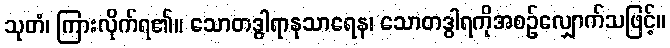
သုတံ၊ ကြားလိုက်ရ၏။ သောတဒွါရာနုသာရေန၊ သောတဒွါရကိုအစဉ်လျှောက်သဖြင့်။